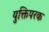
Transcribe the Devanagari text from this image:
युक्तिपरक